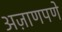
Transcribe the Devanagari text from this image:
अज़ाणपणे